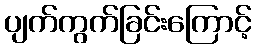
ပျက်ကွက်ခြင်းကြောင့်